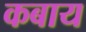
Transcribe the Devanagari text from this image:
कबाय